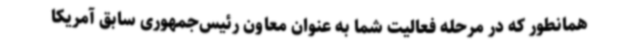
همانطور که در مرحله فعالیت شما به عنوان معاون رئیس‌جمهوری سابق آمریکا